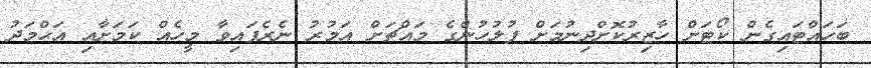
ބަހައްޓައިގެން ކޯޓަށް ހާޒިރުކޮށްދިނުމަށް ފުލުހުންގެ މައްޗަށް އަމުރު ނެރެފައިވާ މީހެއް ކަމަށާއި އަޙްމަދު